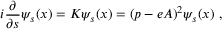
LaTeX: i \frac { \partial } { \partial s } \psi _ { s } ( x ) = K \psi _ { s } ( x ) = ( p - e A ) ^ { 2 } \psi _ { s } ( x ) \ ,